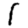
Digit: 1